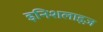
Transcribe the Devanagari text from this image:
इनिशलाइज़